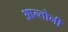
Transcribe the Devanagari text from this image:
आन्तोनी